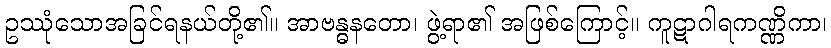
ဥဿုံသောအခြင်ရနယ်တို့၏။ အာဗန္ဓနတော၊ ဖွဲ့ရာ၏ အဖြစ်ကြောင့်။ ကူဋာဂါရကဏ္ဏိကာ၊